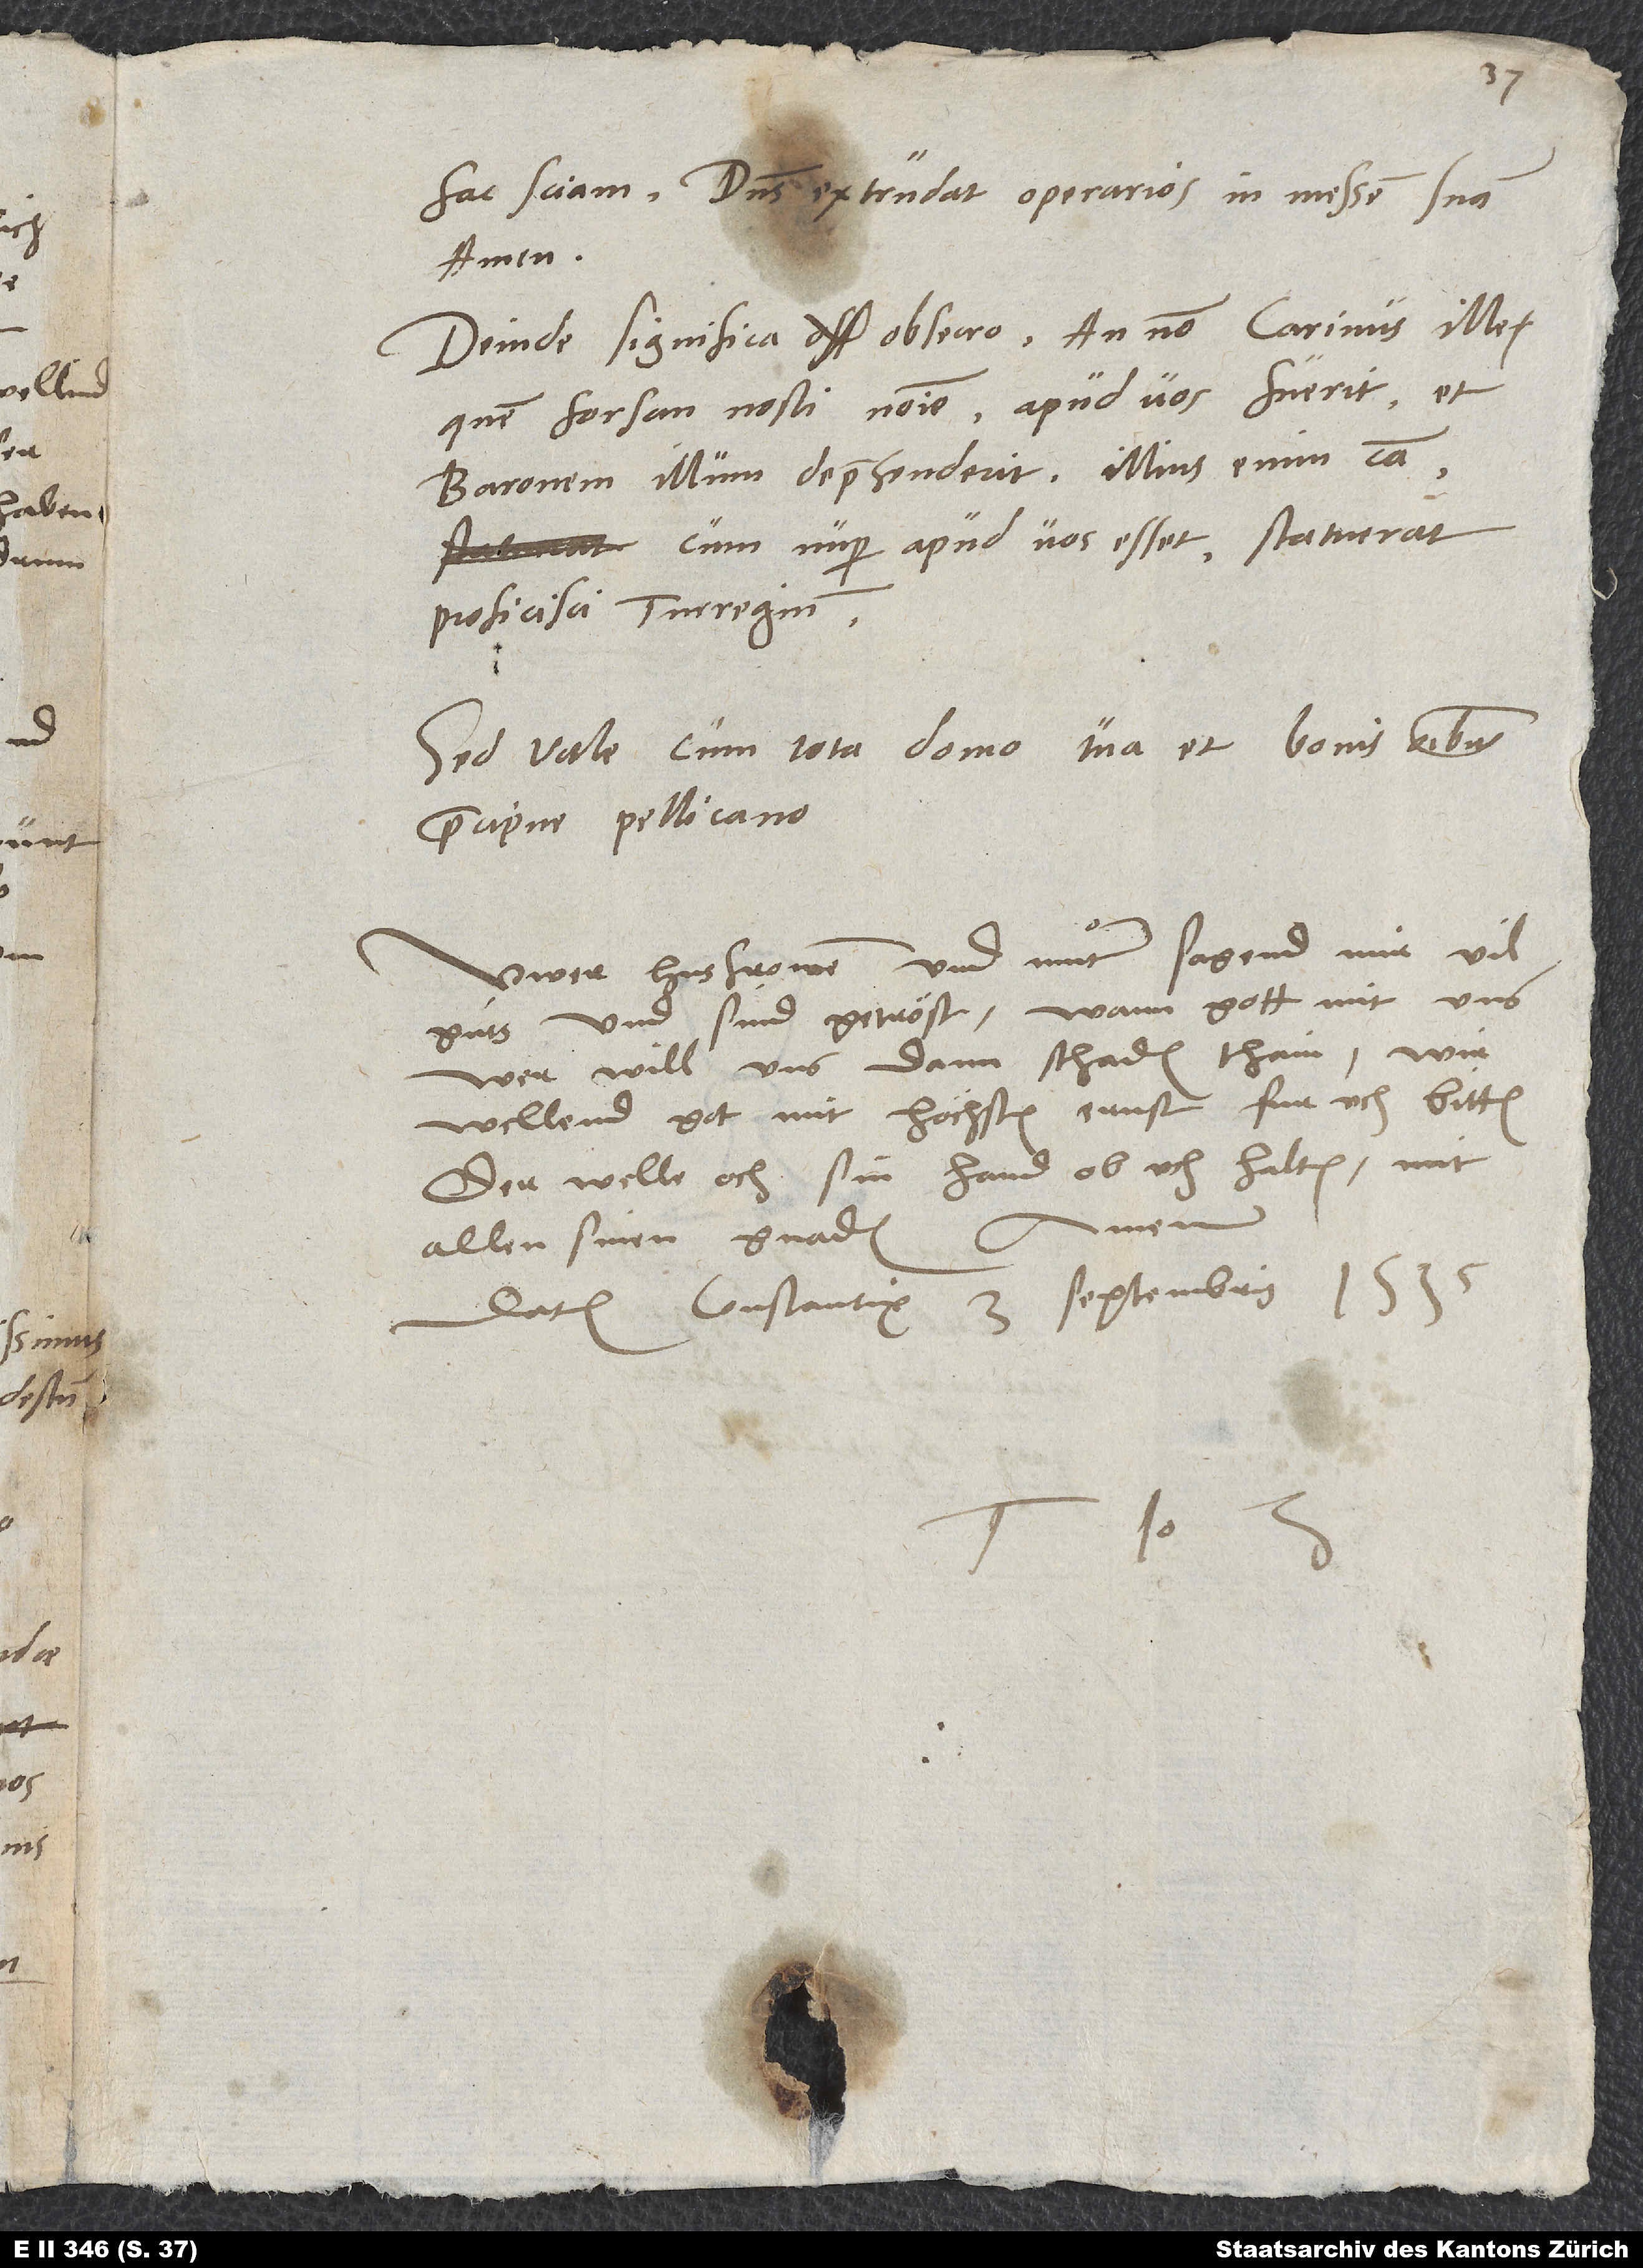
fac, sciam. Dominus extrudat operarios in messern suam.
Deinde significa, obsecro, an non Carinus ille,
quem forsan nosti nomine, apud vos fuerit et
baronem illum deprehenderit. Illius enim causa,
cum nuper apud vos esset, statuerat
proficisci Turregium.
Sed vale cum tota domo tua et bonis omnibus,
praecipue Pellicano.
Uwer husfrowen und muͦter sagend mir vil
guͦts, und sind getröst: Wann gott mit uns,
wer will uns dann schaden thain? Wir
wellend got mit höchstem ernst fur uch bitten.
Der welle och sin hand ob üch halten mit
allen sinen gnaden.
Datum Constantię, 3. septembris 1535.